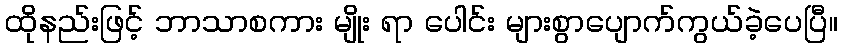
ထိုနည်းဖြင့် ဘာသာစကား မျိုး ရာ ပေါင်း များစွာပျောက်ကွယ်ခဲ့ပေပြီ။